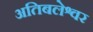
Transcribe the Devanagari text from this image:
अतिबलेश्वर